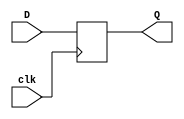
module vDFF(clk,D,Q);
  parameter n=1;
  input clk;
  input [n-1:0] D;
  output [n-1:0] Q;
  reg [n-1:0] Q;
  always @(posedge clk)
    Q <= D;
endmodule

module FSMCtrl (clk, shift, reset, opcode, op, nsel, vsel, asel, bsel, loada, loadb, loadc, write, loads, ALUop, reset_pc, load_pc, addr_sel, mem_cmd, load_ir, load_addr, sh);
    input reset, clk;
    input[2:0] opcode;
    input[1:0] op, shift;
    output reg asel, bsel, loada, loadb, loadc, write, loads, reset_pc, load_pc, addr_sel, load_ir, load_addr;
    output reg[2:0] nsel, mem_cmd;
    output reg[3:0] vsel;
    output reg[1:0] ALUop, sh;

    /* state declaration */
    `define RST 5'b00000 // reset 
    `define IF1 5'b00001 // fetch instruction
    `define DEC  5'b00010 // decode 
    `define GETA 5'b00011 // get first value for alu 
    `define GETB 5'b00100 // get second value for alu
    `define ADD  5'b00101 // a+b
    `define CMP  5'b00110 // a-b with relevant signals 
    `define AND  5'b00111 // a & b
    `define MVN  5'b01000 // ~b
    `define WRITE 5'b01001 // write to register 

    /* move instruction separated because some control signals are different */
    `define MGETB 5'b01010 // get b for move instruction 
    `define MGETA 5'b01011 // get a for move instruction 
    `define MWRITE 5'b01100 // write for move instruction 
    `define MSHOW 5'b01101 // show result for op 00
    `define IF2 5'b01110 // load fetched instruction 
    `define UPDATEPC 5'b01111 // update PC
    `define HALT 5'b10000 // infinite loop 
    /* memory states are combined for geta, getb, add, and put: shift operation are set to 0 for data safety */
    `define MEMADD 5'b10001 
    `define LDRWRITE 5'b10010 // write the value into the register 
    `define STRSHOW 5'b10011 // show what is loaded to memory
    `define MEMGETA 5'b10100
    `define MEMGETB 5'b10101
    `define PUTADDR 5'b10110 // put the address in the address register 
    `define LDRGET 5'b10111 // get the value to be loaded 
    `define STRGET 5'b11000
    `define STRWRITE 5'b11001

    wire[4:0] next_state_reset, current_state;
    reg[4:0] next_state;

    /* check for reset signal */
    assign next_state_reset = reset ? `RST : next_state;

    /* state transition at the rising edge of the clk */
    vDFF #(5) U0(clk, next_state_reset, current_state);

/* this always block keep tracks of state transitions */
    always @(*) begin
        case(current_state)
        /* initializing: we keep key loads and write closed to ensure no data are input */
            `RST: next_state = `IF1;
            `IF1: next_state = `IF2;
            `IF2: next_state = `UPDATEPC;
            `UPDATEPC: next_state = `DEC;
            `DEC:   case(opcode)
                        3'b110: next_state = `MGETA;
                        3'b101: next_state = `GETA;
                        3'b111: next_state = `HALT;
                        3'b011, 3'b100: next_state = `MEMGETA;
                        default: next_state = 5'bxxxxx;
                    endcase
        /* getting stage: only data related to get will be operated, loadc and loads will remain closed */
            `GETA:  next_state = `GETB;
            `GETB:  case(op)
                        2'b00: next_state = `ADD;
                        2'b01: next_state = `CMP;
                        2'b10: next_state = `AND;
                        2'b11: next_state = `MVN;
                        default: next_state = 5'bxxxxx;
                    endcase
            /* MGETA is useless so same as initialize stage */
            `MGETA: next_state = op[1]? `MSHOW: `MGETB;
            `MGETB: next_state = `MSHOW;
        /* Compute and Display Stage: The results are computed and displayed */
            `MSHOW: next_state = `MWRITE;
            `ADD: next_state = `WRITE;
            `MVN: next_state = `WRITE;
            `AND: next_state = `WRITE;
            `CMP: next_state = `IF1;
        /* Writing Stage: The results are written into the register */
            `WRITE: next_state = `IF1;
            `MWRITE: next_state = `IF1;

        /* HALT command */
            `HALT: next_state = `HALT;

        /* Memory related states */
            `MEMGETA: next_state = `MEMGETB; 
            `MEMGETB: next_state = `MEMADD; 
            `MEMADD: next_state = `PUTADDR; 
            `PUTADDR: next_state = opcode[2] ? `STRGET : `LDRGET; 
            `STRGET: next_state = `STRSHOW; 
            `LDRGET: next_state = `LDRWRITE; 
            `STRSHOW: next_state = `STRWRITE; 
            `LDRWRITE: next_state = `IF1;
            `STRWRITE: next_state = `IF1;

            default: next_state = 5'bxxxxx;
        endcase
    end

    /* at the positive edge of the clock, next_state_reset was for the next state, this approach avoids inferred latches */
    always @(posedge clk) begin
        case(next_state_reset)
        /* initialization */
            `RST: begin
                        loada = 1'b0;
                        loadb = 1'b0;
                        loadc = 1'b0;
                        loads = 1'b0;
                        write = 1'b0;
                        reset_pc = 1'b1;
                        load_pc = 1'b1;
                        addr_sel = 1'b1;
                        mem_cmd = 3'b001;
                        load_ir = 1'b0;
                        load_addr = 1'b0;
                        /* unrelated signals, declared to prevent latches */
                        asel = 1'b0; 
                        bsel = 1'b0;
                        vsel = 4'b0001;
                        nsel = 3'b001;
                        ALUop = 2'b00;
                    end
            `IF1:   begin
                        loada = 1'b0;
                        loadb = 1'b0;
                        loadc = 1'b0;
                        loads = 1'b0;
                        write = 1'b0;
                        reset_pc = 1'b0;
                        load_pc = 1'b0;
                        addr_sel = 1'b1;
                        mem_cmd = 3'b010;
                        load_ir = 1'b0;
                        load_addr = 1'b0;
                        sh = shift;
                        /* unrelated signals, declared to prevent latches */
                        asel = 1'b0; 
                        bsel = 1'b0;
                        vsel = 4'b0001;
                        nsel = 3'b001;
                        ALUop = 2'b00;
                    end
            `IF2: begin
                        loada = 1'b0;
                        loadb = 1'b0;
                        loadc = 1'b0;
                        loads = 1'b0;
                        write = 1'b0;
                        reset_pc = 1'b0;
                        load_pc = 1'b0;
                        addr_sel = 1'b1;
                        mem_cmd = 3'b010;
                        load_ir = 1'b1;
                        load_addr = 1'b0;
                        sh = shift;
                        /* unrelated signals, declared to prevent latches */
                        asel = 1'b0; 
                        bsel = 1'b0;
                        vsel = 4'b0001;
                        nsel = 3'b001;
                        ALUop = 2'b00;
                    end
            `UPDATEPC:  begin
                            loada = 1'b0;
                            loadb = 1'b0;
                            loadc = 1'b0;
                            loads = 1'b0;
                            write = 1'b0;
                            reset_pc = 1'b0;
                            load_pc = 1'b1;
                            addr_sel = 1'b1;
                            mem_cmd = 3'b001;
                            load_ir = 1'b0;
                            load_addr = 1'b0;
                            sh = shift;
                            /* unrelated signals, declared to prevent latches */
                            asel = 1'b0; 
                            bsel = 1'b0;
                            vsel = 4'b0001;
                            nsel = 3'b001;
                            ALUop = 2'b00;
                        end
            `DEC:   begin
                        loada = 1'b0;
                        loadb = 1'b0;
                        loadc = 1'b0;
                        loads = 1'b0;
                        write = 1'b0;
                        reset_pc = 1'b0;
                        load_pc = 1'b0;
                        addr_sel = 1'b1;
                        mem_cmd = 3'b001;
                        load_ir = 1'b0;
                        load_addr = 1'b0;
                        sh = shift;
                        asel = 1'b0; 
                        bsel = 1'b0;
                        vsel = 4'b0001;
                        nsel = 3'b001;
                        ALUop = 2'b00;
                    end
        /* loading data */
            `GETA:  begin
                /* load data to a if operation is ALU */
                        loada = 1'b1; 
                        loadb = 1'b0;
                        loadc = 1'b0;
                        loads = 1'b0;
                        write = 1'b0;
                        nsel = 3'b001;
                        reset_pc = 1'b0;
                        load_pc = 1'b0;
                        addr_sel = 1'b1;
                        mem_cmd = 3'b001;
                        load_ir = 1'b0;
                        load_addr = 1'b0;
                        sh = shift;
                        /* unrelated signals */
                        asel = 1'b0;
                        bsel = 1'b0;
                        vsel = 4'b0001;
                    end
            `GETB:  begin
                        loada = 1'b0;
                        loadb = 1'b1;
                        loadc = 1'b0;
                        loads = 1'b0;
                        write = 1'b0;
                        nsel = 3'b100;
                        reset_pc = 1'b0;
                        load_pc = 1'b0;
                        addr_sel = 1'b1;
                        mem_cmd = 3'b001;
                        load_ir = 1'b0;
                        load_addr = 1'b0;
                        sh = shift;
                        /* unrelated signals */
                        asel = 1'b0;
                        bsel = 1'b0;
                        vsel = 4'b0001;
                    end
            `MGETA: begin
                        loada = 1'b0;
                        loadb = 1'b0;
                        loadc = 1'b0;
                        loads = 1'b0;
                        write = 1'b0;
                        reset_pc = 1'b0;
                        load_pc = 1'b0;
                        addr_sel = 1'b1;
                        mem_cmd = 3'b001;
                        load_ir = 1'b0;
                        load_addr = 1'b0;
                        sh = shift;
                        /* unrelated signals */
                        asel = 1'b0;
                        bsel = 1'b0;
                        nsel = 3'b001;
                        vsel = 4'b0001;
                    end
            `MGETB: begin
                        loada = 1'b0; 
                        loadb = 1'b1;
                        loadc = 1'b0; 
                        loads = 1'b0;
                        write = 1'b0;
                        nsel = 3'b100;
                        reset_pc = 1'b0;
                        load_pc = 1'b0;
                        addr_sel = 1'b1;
                        mem_cmd = 3'b001;
                        load_ir = 1'b0;
                        load_addr = 1'b0;
                        sh = shift;
                        /* unrelated signals */
                        asel = 1'b0;
                        bsel = 1'b0;
                        vsel = 4'b0001;
                    end
        /* compute and display */
            `MSHOW: begin
                        loada = 1'b0; 
                        loadb = 1'b0;
                        loadc = 1'b1; 
                        loads = 1'b0;
                        write = 1'b0;
                        asel = 1'b1;
                        bsel = 1'b0;
                        ALUop = 2'b00;
                        reset_pc = 1'b0;
                        load_pc = 1'b0;
                        addr_sel = 1'b1;
                        mem_cmd = 3'b001;
                        load_ir = 1'b0;
                        load_addr = 1'b0;
                        sh = shift;
                        /* unrelated signals */
                        vsel = 4'b0001;
                        nsel = 3'b001;
                    end
            `ADD:   begin
                        loada = 1'b0;
                        loadb = 1'b0;
                        loadc = 1'b1;
                        loads = 1'b0;
                        write = 1'b0;
                        asel = 1'b0;
                        bsel = 1'b0;
                        ALUop = 2'b00;
                        reset_pc = 1'b0;
                        load_pc = 1'b0;
                        addr_sel = 1'b1;
                        mem_cmd = 3'b001;
                        load_ir = 1'b0;
                        load_addr = 1'b0;
                        sh = shift;
                        /* unrelated signals */
                        vsel = 4'b0001;
                        nsel = 3'b001;
                    end
            `MVN:   begin
                        loada = 1'b0;
                        loadb = 1'b0;
                        loadc = 1'b1;
                        loads = 1'b0;
                        write = 1'b0;
                        asel = 1'b0;
                        bsel = 1'b0;
                        ALUop = 2'b11;
                        reset_pc = 1'b0;
                        load_pc = 1'b0;
                        addr_sel = 1'b1;
                        mem_cmd = 3'b001;
                        load_ir = 1'b0;
                        load_addr = 1'b0;
                        sh = shift;
                        /* unrelated signals */
                        vsel = 4'b0001;
                        nsel = 3'b001;
                    end
            `AND: begin
                        loada = 1'b0;
                        loadb = 1'b0;
                        loadc = 1'b1;
                        loads = 1'b0;
                        write = 1'b0;
                        asel = 1'b0;
                        bsel = 1'b0;
                        ALUop = 2'b10;
                        reset_pc = 1'b0;
                        load_pc = 1'b0;
                        addr_sel = 1'b1;
                        mem_cmd = 3'b001;
                        load_ir = 1'b0;
                        load_addr = 1'b0;
                        sh = shift;
                        /* unrelated signals */
                        vsel = 4'b0001;
                        nsel = 3'b001;
                    end
            `CMP: begin
                        loada = 1'b0;
                        loadb = 1'b0;
                        loadc = 1'b1;
                        loads = 1'b1;
                        write = 1'b0;
                        asel = 1'b0;
                        bsel = 1'b0;
                        ALUop = 2'b01;
                        reset_pc = 1'b0;
                        load_pc = 1'b0;
                        addr_sel = 1'b1;
                        mem_cmd = 3'b001;
                        load_ir = 1'b0;
                        load_addr = 1'b0;
                        sh = shift;
                        /* unrelated signals */
                        vsel = 4'b0001;
                        nsel = 3'b001;
                    end
        /* writing */
            `WRITE: begin 
                        loada = 1'b0;
                        loadb = 1'b0;
                        loadc = 1'b0;
                        loads = 1'b0;
                        write = 1'b1;
                        nsel = 3'b010;
                        vsel = 4'b0001;
                        reset_pc = 1'b0;
                        load_pc = 1'b0;
                        addr_sel = 1'b1;
                        mem_cmd = 3'b001;
                        load_ir = 1'b0;
                        load_addr = 1'b0;
                        sh = shift;
                        /* unrelated signals */
                        asel = 1'b0;
                        bsel = 1'b0;
                        ALUop = 2'b00;
                    end
            `MWRITE: begin
                        loada = 1'b0;
                        loadb = 1'b0;
                        loadc = 1'b0;
                        loads = 1'b0;
                        write = 1'b1;
                        reset_pc = 1'b0;
                        load_pc = 1'b0;
                        addr_sel = 1'b1;
                        mem_cmd = 3'b001;
                        load_ir = 1'b0;
                        load_addr = 1'b0;
                        vsel = op[1] ? 4'b0100 : 4'b0001; // select output if it's reg, input if it's imm
                        nsel = op[1] ? 3'b001 : 3'b010; // Rn if imm, Rd if some reg
                        sh = shift;
                        /* unrelated signals */
                        asel = 1'b0;
                        bsel = 1'b0;
                        ALUop = 2'b00;
                    end
            `HALT:  begin
                        loada = 1'b0;
                        loadb = 1'b0;
                        loadc = 1'b0;
                        loads = 1'b0;
                        write = 1'b0;
                        reset_pc = 1'b0;
                        load_pc = 1'b0;
                        addr_sel = 1'b1;
                        mem_cmd = 3'b001;
                        load_ir = 1'b0;
                        load_addr = 1'b0;
                        sh = shift;
                        /* unrelated signals, declared to prevent latches */
                        asel = 1'b0; 
                        bsel = 1'b0;
                        vsel = 4'b0001;
                        nsel = 3'b001;
                        ALUop = 2'b00;
                    end
            `MEMGETA:   begin
                            loada = 1'b1;
                            loadb = 1'b0;
                            loadc = 1'b0;
                            loads = 1'b0;
                            write = 1'b0;
                            reset_pc = 1'b0;
                            load_pc = 1'b0;
                            addr_sel = 1'b1;
                            mem_cmd = 3'b001;
                            load_ir = 1'b0;
                            load_addr = 1'b0;
                            sh = 2'b00;
                            /* unrelated signals */
                            asel = 1'b0;
                            bsel = 1'b0;
                            nsel = 3'b001;
                            vsel = 4'b0001;
                        end
            `MEMGETB:   begin
                            loada = 1'b0;
                            loadb = 1'b0;
                            loadc = 1'b0;
                            loads = 1'b0;
                            write = 1'b0;
                            reset_pc = 1'b0;
                            load_pc = 1'b0;
                            addr_sel = 1'b0;
                            mem_cmd = 3'b001;
                            load_ir = 1'b0;
                            load_addr = 1'b0;
                            sh = 2'b00;
                            /* unrelated signals */
                            asel = 1'b0;
                            bsel = 1'b0;
                            nsel = 3'b001;
                            vsel = 4'b0001;
                        end
            `MEMADD:    begin 
                            loada = 1'b0;
                            loadb = 1'b0;
                            loadc = 1'b1;
                            loads = 1'b0;
                            write = 1'b0;
                            asel = 1'b0;
                            bsel = 1'b1;
                            ALUop = 2'b00;
                            reset_pc = 1'b0;
                            load_pc = 1'b0;
                            addr_sel = 1'b0;
                            mem_cmd = 3'b001;
                            load_ir = 1'b0;
                            load_addr = 1'b0;
                            sh = 2'b00;
                            /* unrelated signals */
                            vsel = 4'b0001;
                            nsel = 3'b001;
                        end
            `PUTADDR:   begin
                            loada = 1'b0;
                            loadb = 1'b0;
                            loadc = 1'b0;
                            loads = 1'b0;
                            write = 1'b0;
                            asel = 1'b0;
                            bsel = 1'b0;
                            ALUop = 2'b00;
                            reset_pc = 1'b0;
                            load_pc = 1'b0;
                            addr_sel = 1'b0;
                            mem_cmd = 3'b001;
                            load_ir = 1'b0;
                            load_addr = 1'b1;
                            sh = 2'b00;
                            /* unrelated signals */
                            vsel = 4'b0001;
                            nsel = 3'b001;
                        end
            `LDRGET:  begin
                            loada = 1'b0;
                            loadb = 1'b0;
                            loadc = 1'b0;
                            loads = 1'b0;
                            write = 1'b0;
                            asel = 1'b0;
                            bsel = 1'b0;
                            ALUop = 2'b00;
                            reset_pc = 1'b0;
                            load_pc = 1'b0;
                            addr_sel = 1'b0;
                            mem_cmd = 3'b010;
                            load_ir = 1'b0;
                            load_addr = 1'b1;
                            sh = 2'b00;
                            /* unrelated signals */
                            vsel = 4'b0001;
                            nsel = 3'b001;
                        end
            `STRGET:    begin
                            loada = 1'b0;
                            loadb = 1'b1;
                            loadc = 1'b0;
                            loads = 1'b0;
                            write = 1'b0;
                            asel = 1'b0;
                            bsel = 1'b0;
                            ALUop = 2'b00;
                            reset_pc = 1'b0;
                            load_pc = 1'b0;
                            addr_sel = 1'b0;
                            mem_cmd = 3'b100;
                            load_ir = 1'b0;
                            load_addr = 1'b1;
                            sh = 2'b00;
                            /* unrelated signals */
                            vsel = 4'b0001;
                            nsel = 3'b010;
                        end
            `LDRWRITE:  begin
                            loada = 1'b0;
                            loadb = 1'b0;
                            loadc = 1'b0;
                            loads = 1'b0;
                            write = 1'b1;
                            asel = 1'b0;
                            bsel = 1'b0;
                            ALUop = 2'b00;
                            reset_pc = 1'b0;
                            load_pc = 1'b0;
                            addr_sel = 1'b0;
                            mem_cmd = 3'b010;
                            load_ir = 1'b0;
                            load_addr = 1'b0;
                            sh = 2'b00;
                            vsel = 4'b1000;
                            nsel = 3'b010;
                        end
            `STRSHOW:   begin
                            loada = 1'b0;
                            loadb = 1'b0;
                            loadc = 1'b1;
                            loads = 1'b0;
                            write = 1'b0;
                            asel = 1'b1;
                            bsel = 1'b0;
                            ALUop = 2'b00;
                            reset_pc = 1'b0;
                            load_pc = 1'b0;
                            addr_sel = 1'b0;
                            mem_cmd = 3'b100;
                            load_ir = 1'b0;
                            load_addr = 1'b0;
                            sh = 2'b00;
                            /* unrelated signals */
                            vsel = 4'b0001;
                            nsel = 3'b001;
                        end
            `STRWRITE:   begin
                            loada = 1'b0;
                            loadb = 1'b0;
                            loadc = 1'b0;
                            loads = 1'b0;
                            write = 1'b0;
                            asel = 1'b0;
                            bsel = 1'b0;
                            ALUop = 2'b00;
                            reset_pc = 1'b0;
                            load_pc = 1'b0;
                            addr_sel = 1'b0;
                            mem_cmd = 3'b100;
                            load_ir = 1'b0;
                            load_addr = 1'b0;
                            sh = 2'b00;
                            /* unrelated signals */
                            vsel = 4'b0001;
                            nsel = 3'b001;
                        end
        endcase
    end
endmodule